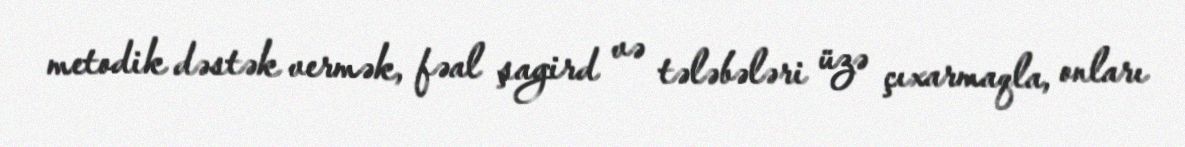
metodik dəstək vermək, fəal şagird və tələbələri üzə çıxarmaqla, onları